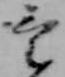
け